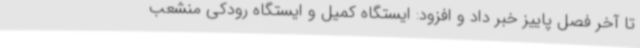
تا آخر فصل پاییز خبر داد و افزود: ایستگاه کمیل و ایستگاه رودکی منشعب